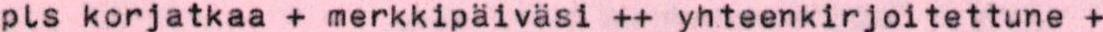
pls korjatkaa + merkkipäiväsi ++ yhteenkirjoitettune +